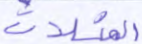
المثلات